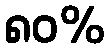
၈၀%